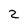
Character: 2